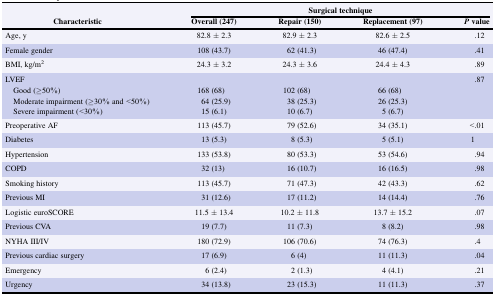
<table><thead><tr><td rowspan="2"><b>Characteristic</b></td><td colspan="4"><b>Surgical technique</b></td></tr><tr><td><b>Overall (247)</b></td><td><b>Repair (150)</b></td><td><b>Replacement (97)</b></td><td><b><i>P</i> value</b></td></tr></thead><tbody><tr><td>Age, y</td><td>82.8 ± 2.3</td><td>82.9 ± 2.3</td><td>82.6 ± 2.5</td><td>.12</td></tr><tr><td>Female gender</td><td>108 (43.7)</td><td>62 (41.3)</td><td>46 (47.4)</td><td>.41</td></tr><tr><td>BMI, kg/m<sup>2</sup></td><td>24.3 ± 3.2</td><td>24.3 ± 3.6</td><td>24.4 ± 4.3</td><td>.89</td></tr><tr><td>LVEF</td><td></td><td></td><td></td><td>.87</td></tr><tr><td> Good (≥50%)</td><td>168 (68)</td><td>102 (68)</td><td>66 (68)</td><td></td></tr><tr><td> Moderate impairment (≥30% and &lt;50%)</td><td>64 (25.9)</td><td>38 (25.3)</td><td>26 (25.3)</td><td></td></tr><tr><td> Severe impairment (&lt;30%)</td><td>15 (6.1)</td><td>10 (6.7)</td><td>5 (6.7)</td><td></td></tr><tr><td>Preoperative AF</td><td>113 (45.7)</td><td>79 (52.6)</td><td>34 (35.1)</td><td>&lt;.01</td></tr><tr><td>Diabetes</td><td>13 (5.3)</td><td>8 (5.3)</td><td>5 (5.1)</td><td>1</td></tr><tr><td>Hypertension</td><td>133 (53.8)</td><td>80 (53.3)</td><td>53 (54.6)</td><td>.94</td></tr><tr><td>COPD</td><td>32 (13)</td><td>16 (10.7)</td><td>16 (16.5)</td><td>.98</td></tr><tr><td>Smoking history</td><td>113 (45.7)</td><td>71 (47.3)</td><td>42 (43.3)</td><td>.62</td></tr><tr><td>Previous MI</td><td>31 (12.6)</td><td>17 (11.2)</td><td>14 (14.4)</td><td>.76</td></tr><tr><td>Logistic euroSCORE</td><td>11.5 ± 13.4</td><td>10.2 ± 11.8</td><td>13.7 ± 15.2</td><td>.07</td></tr><tr><td>Previous CVA</td><td>19 (7.7)</td><td>11 (7.3)</td><td>8 (8.2)</td><td>.98</td></tr><tr><td>NYHA III/IV</td><td>180 (72.9)</td><td>106 (70.6)</td><td>74 (76.3)</td><td>.4</td></tr><tr><td>Previous cardiac surgery</td><td>17 (6.9)</td><td>6 (4)</td><td>11 (11.3)</td><td>.04</td></tr><tr><td>Emergency</td><td>6 (2.4)</td><td>2 (1.3)</td><td>4 (4.1)</td><td>.21</td></tr><tr><td>Urgency</td><td>34 (13.8)</td><td>23 (15.3)</td><td>11 (11.3)</td><td>.37</td></tr></tbody></table>